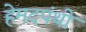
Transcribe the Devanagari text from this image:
हेमदपंथी